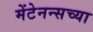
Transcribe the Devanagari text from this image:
मेंटेनन्सच्या